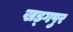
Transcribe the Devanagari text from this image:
खड्‍गपुर